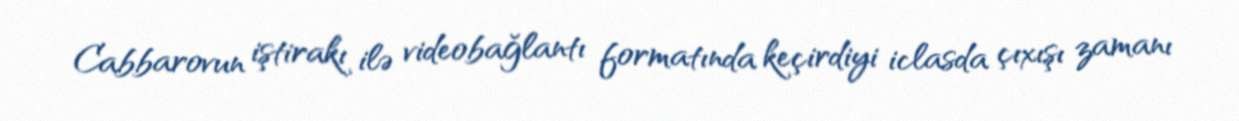
Cabbarovun iştirakı ilə videobağlantı formatında keçirdiyi iclasda çıxışı zamanı